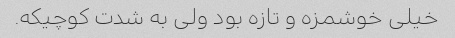
خیلی خوشمزه و تازه بود ولی به شدت کوچیکه.